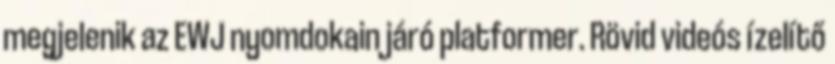
megjelenik az EWJ nyomdokain járó platformer. Rövid videós ízelítő